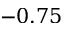
- 0 . 7 5